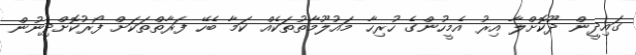
ގައިދީން ދޫކޮށްލާ އިރު އެމީހުންގެ ހުރިހާ މައުލޫމާތުތަކެއް ކަމާ ބެހޭ ފަރާތްތަކަށް ފޯރުކޮށްދިނުން